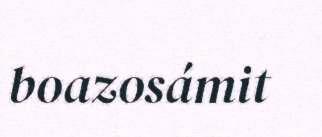
boazosámit